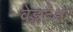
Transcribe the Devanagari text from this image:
वेङ्कटेश्वर